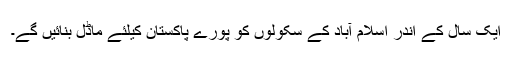
ایک سال کے اندر اسلام آباد کے سکولوں کو پورے پاکستان کیلئے ماڈل بنائیں گے۔